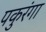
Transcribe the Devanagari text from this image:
पकुरंगा